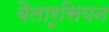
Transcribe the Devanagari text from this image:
बैलारूसियन